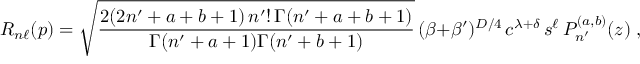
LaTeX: R _ { n \ell } ( p ) = \sqrt { \frac { 2 ( 2 n ^ { \prime } + a + b + 1 ) \, n ^ { \prime } ! \, \Gamma ( n ^ { \prime } + a + b + 1 ) } { \Gamma ( n ^ { \prime } + a + 1 ) \Gamma ( n ^ { \prime } + b + 1 ) } } \, ( \beta + \beta ^ { \prime } ) ^ { D / 4 } \, c ^ { \lambda + \delta } \, s ^ { \ell } \, P _ { n ^ { \prime } } ^ { ( a , b ) } ( z ) \; ,